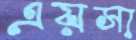
এয়সা